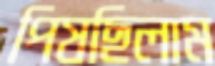
পিষছিলাম